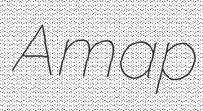
Amap